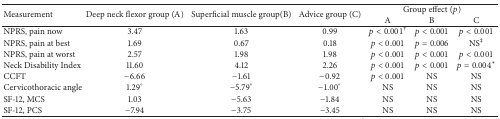
| <ROWSPAN=2> Measurement | <ROWSPAN=2> Deep neck flexor group (Α) | <ROWSPAN=2> Superficial muscle group(Β) | <ROWSPAN=2> Advice group (C) | <COLSPAN=3> Group effect (p) |
 | A | B | C |
 | --- | --- | --- | --- | --- | --- | --- |
 | NPRS, pain now | 3.47 | 1.63 | 0.99 | p < 0.001† | p < 0.001 | p < 0.001 |
 | NPRS, pain at best | 1.69 | 0.67 | 0.18 | p < 0.001 | p = 0.006 | NS‡ |
 | NPRS, pain at worst | 2.57 | 1.98 | 1.98 | p < 0.001 | p < 0.001 | p < 0.001 |
 | Neck Disability Index | 11.60 | 4.12 | 2.26 | p < 0.001 | p < 0.001 | p = 0.004∗ |
 | CCFT | −6.66 | −1.61 | −0.92 | p < 0.001 | NS | NS |
 | Cervicothoracic angle | 1.29° | −5.79° | −1.00° | NS | NS | NS |
 | SF-12, MCS | 1.03 | −5.63 | −1.84 | NS | NS | NS |
 | SF-12, PCS | −7.94 | −3.75 | −3.45 | NS | NS | NS |